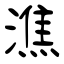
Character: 潐